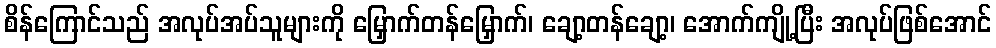
စိန်ကြောင်သည် အလုပ်အပ်သူများကို မြှောက်တန်မြှောက်၊ ချော့တန်ချော့၊ အောက်ကျို့ပြီး အလုပ်ဖြစ်အောင်